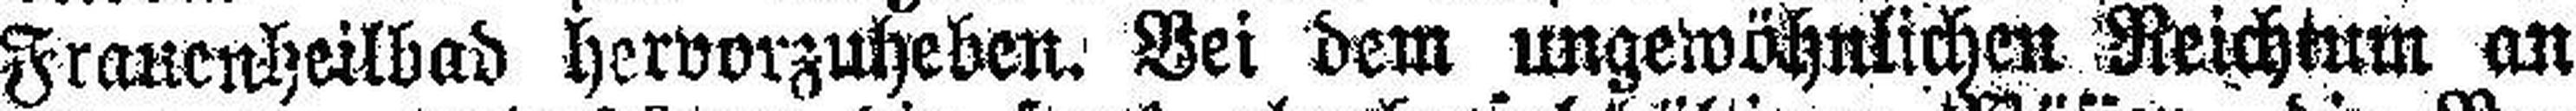
Frauenheilbad hervorzuheben. Bei dem ungewöhnlichen Reichtum an